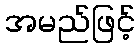
အမည်ဖြင့်